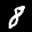
Label: 8